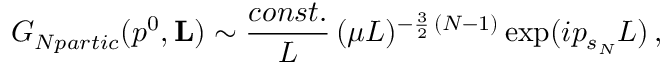
G _ { N p a r t i c } ( p ^ { 0 } , { \bf L } ) \sim \frac { c o n s t . } { L } \, ( \mu L ) ^ { - \frac { 3 } { 2 } \, ( N - 1 ) } \exp ( i p _ { s _ { \SS N } } L ) \, ,